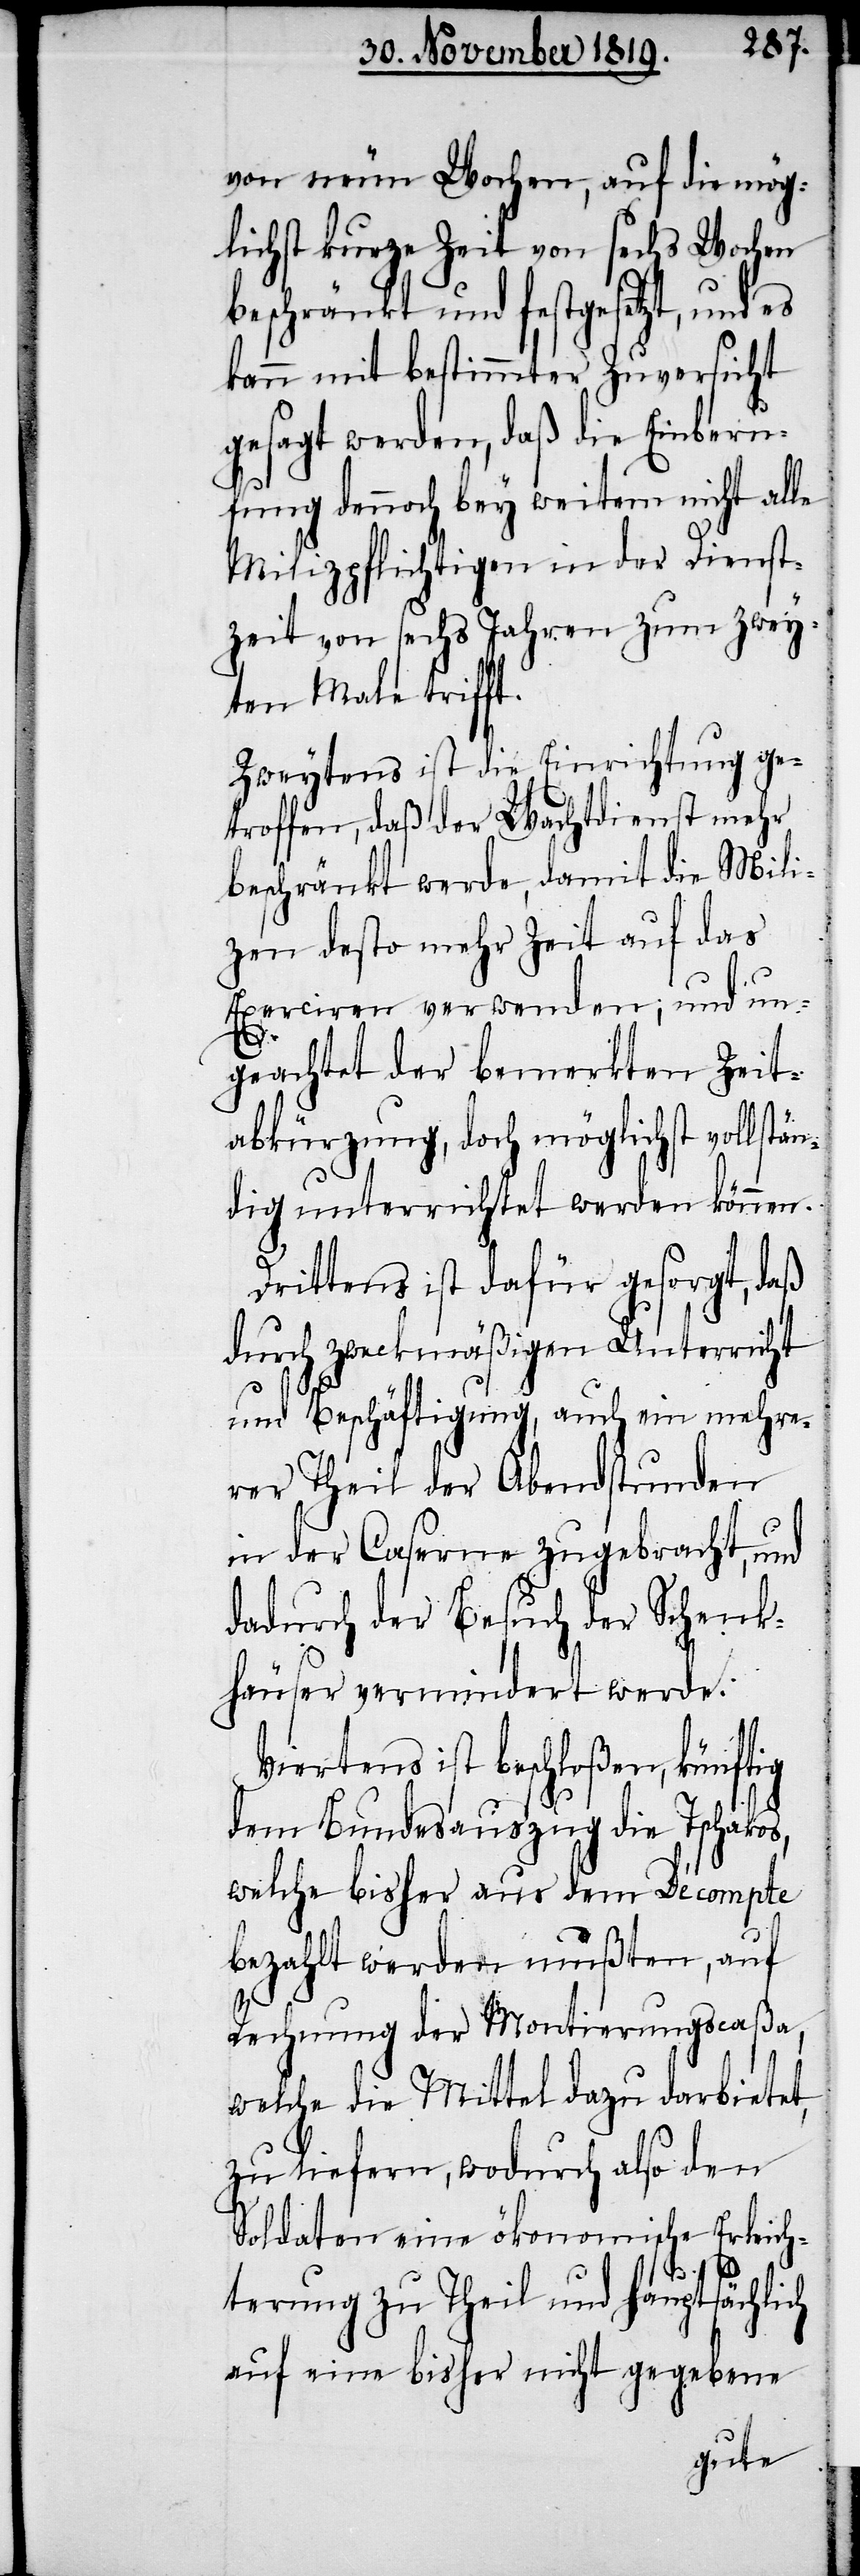
von neun Wochen, auf die mög¬
lichst kurze Zeit von sechs Wochen
beschränkt und festgesetzt, und es
kann mit bestimmter Zuversicht
gesagt werden, daß die Einberu¬
fung dennoch bey weitem nicht alle
Milizpflichtigen in der Dienst¬
zeit von sechs Jahren zum zwey¬
ten Male trifft.
Zweytens ist die Einrichtung ge¬
troffen, daß der Wachtdienst mehr
beschränkt werde, damit die Mili¬
zen desto mehr Zeit auf das
Exerciren verwenden; und un¬
geachtet der bemerkten Zeit¬
abkürzung, doch möglichst vollstän¬
dig unterrichtet werden können.
Drittens ist dafür gesorgt, daß
durch zweckmäßigen Unterricht
und Beschäftigung, auch ein mehre¬
rer Theil der Abendstunden
in der Caserne zugebracht, und
dadurch der Besuch der Schenk¬
häuser vermindert werde.
Viertens ist beschloßen, künftig
dem Bundesauszug die Tschakos,
welche bisher aus dem Décompte
bezahlt werden mußten, auf
Rechnung der Montierungscaßa,
welche die Mittel dazu darbietet,
zu liefern, wodurch also den
Soldaten eine ökonomische Erleich¬
terung zu Theil und hauptsächlich
auf eine bisher nicht gegebene